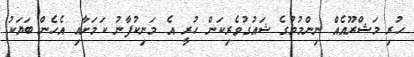
ހުރި މަޝްރޫއެއް ނިންމުމުގެ ޝައުގުވެރިކަން ހުރީ އެ މަނިކުފާނު ކަމަށާއި އެހެން ބަޔަކު